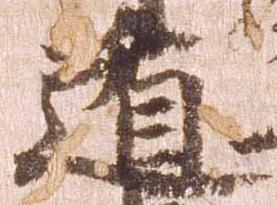
遁